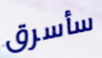
سأسرق